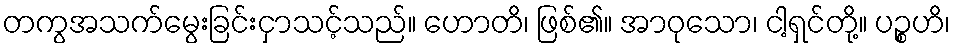
တကွအသက်မွေးခြင်းငှာသင့်သည်။ ဟောတိ၊ ဖြစ်၏။ အာဝုသော၊ ငါ့ရှင်တို့။ ပဉ္စဟိ၊